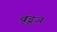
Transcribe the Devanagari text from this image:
वूडूज